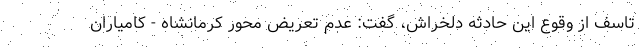
تاسف از وقوع این حادثه دلخراش، گفت: عدم تعریض محور کرمانشاه - کامیاران